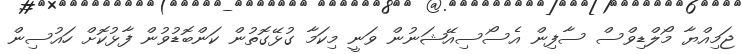
ޖަމިއްޔާ މޯލްޑިވްސް ސާފިން އެސޯސިއޭޝަނުން ވަނީ މިކަމާ ގުޅޭގޮތުން ކަންބޮޑުވުން ފާޅުކޮށް ހައުސިން